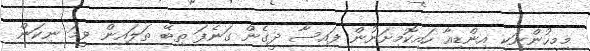
މިމީހުންނަކީ އިންޑިއާ ހައިކޮމިށަނުން ފައިސާ ދީގެން ގަނެފަ ތިބޭ ތަލައިން ވީމަ ނިކަން